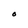
Character: O